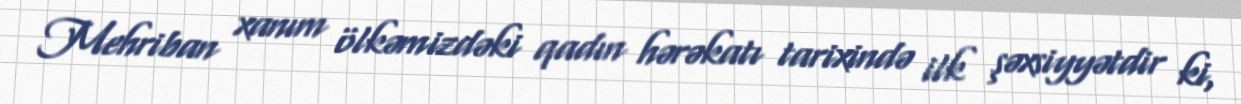
Mehriban xanım ölkəmizdəki qadın hərəkatı tarixində ilk şəxsiyyətdir ki,